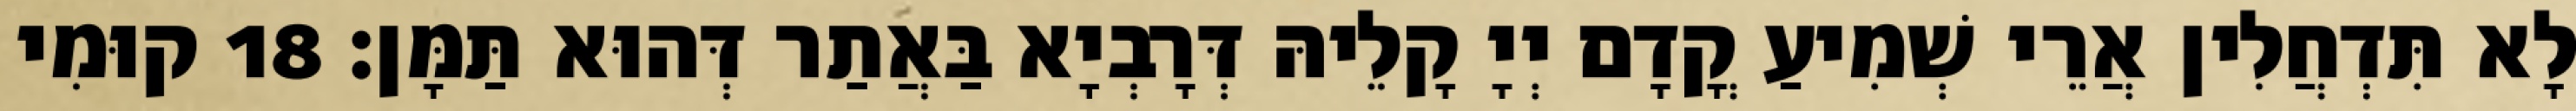
לָא תִּדְחֲלִין אֲרֵי שְׁמִיעַ קֳדָם יְיָ קָלֵיהּ דְּרָבְיָא בַּאֲתַר דְּהוּא תַּמָּן׃ 18 קוּמִי